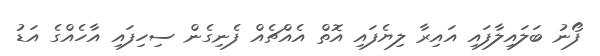
ފޯނު ބަލައިލާފައި އައިރާ ލިޔެފައި އޮތް އެއްޗެއް ފެނިގެން ސިހިފައި އާހެއްގެ އަޑު